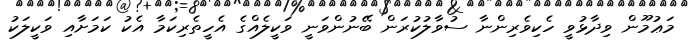
މަޢުމޫން ވިދާޅުވީ ހެކިވެރިންނާ ސުވާލުކުރަން ބޭނުންވަނީ ވަކީލެއްގެ އެހީތެރިކަމާ އެކު ކަމަށާއި ވަކީލަކު